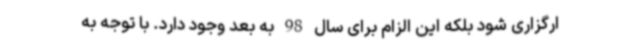
ارگزاری شود بلکه این الزام برای سال 98 به بعد وجود دارد. با توجه به